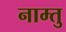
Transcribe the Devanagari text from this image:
नाम्तु